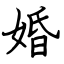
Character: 婚